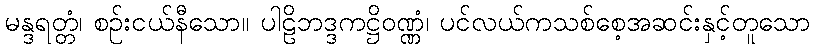
မန္ဒရတ္တံ၊ စဉ်းငယ်နီသော။ ပါဠိဘဒ္ဒကဋ္ဌိဝဏ္ဏံ၊ ပင်လယ်ကသစ်စေ့အဆင်းနှင့်တူသော